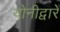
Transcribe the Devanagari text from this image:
योनीद्वारे